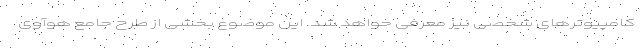
کامپیوترهای شخصی نیز معرفی خواهد شد. این موضوع بخشی از طرح جامع هوآوی